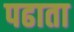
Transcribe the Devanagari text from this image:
पढाता